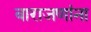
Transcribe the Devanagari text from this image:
बाराजणांना